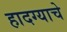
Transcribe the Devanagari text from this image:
हादग्याचे